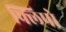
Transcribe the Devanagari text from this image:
फ्लिपो